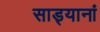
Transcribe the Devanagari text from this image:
साड्यानां